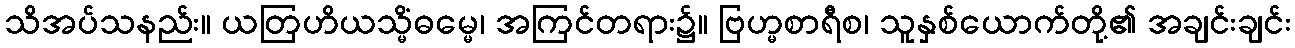
သိအပ်သနည်း။ ယတြဟိယသ္မိံဓမ္မေ၊ အကြင်တရား၌။ ဗြဟ္မစာရီစ၊ သူနှစ်ယောက်တို့၏ အချင်းချင်း